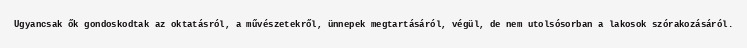
Ugyancsak ők gondoskodtak az oktatásról, a művészetekről, ünnepek megtartásáról, végül, de nem utolsósorban a lakosok szórakozásáról.